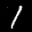
Label: 1